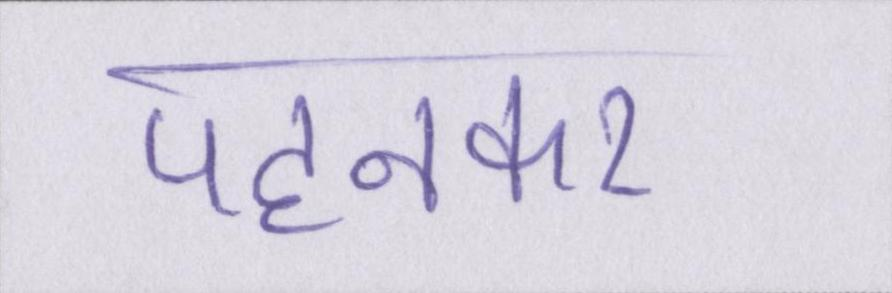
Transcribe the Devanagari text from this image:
पहनकर